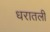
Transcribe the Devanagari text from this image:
धरातली